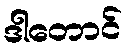
ဒါတောင်